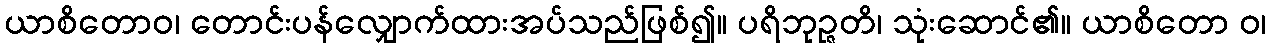
ယာစိတောဝ၊ တောင်းပန်လျှောက်ထားအပ်သည်ဖြစ်၍။ ပရိဘုဉ္ဇတိ၊ သုံးဆောင်၏။ ယာစိတော ဝ၊